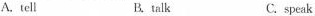
A. tell B.talk C. speak